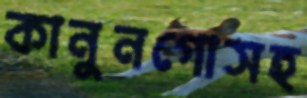
কানুনগোসহ